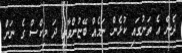
ދެން އެ ތަނުގައި ކުޅެން ނަމެއް ބޭޏުންވާތީ ދަ މިކްސް ގެ ނަން